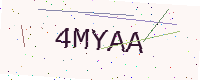
Text: 4MYAA